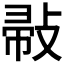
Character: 𢽪